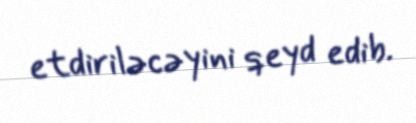
etdiriləcəyini qeyd edib.